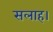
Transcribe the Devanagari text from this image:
सलाह।